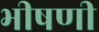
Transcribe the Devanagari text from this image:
भीषणी